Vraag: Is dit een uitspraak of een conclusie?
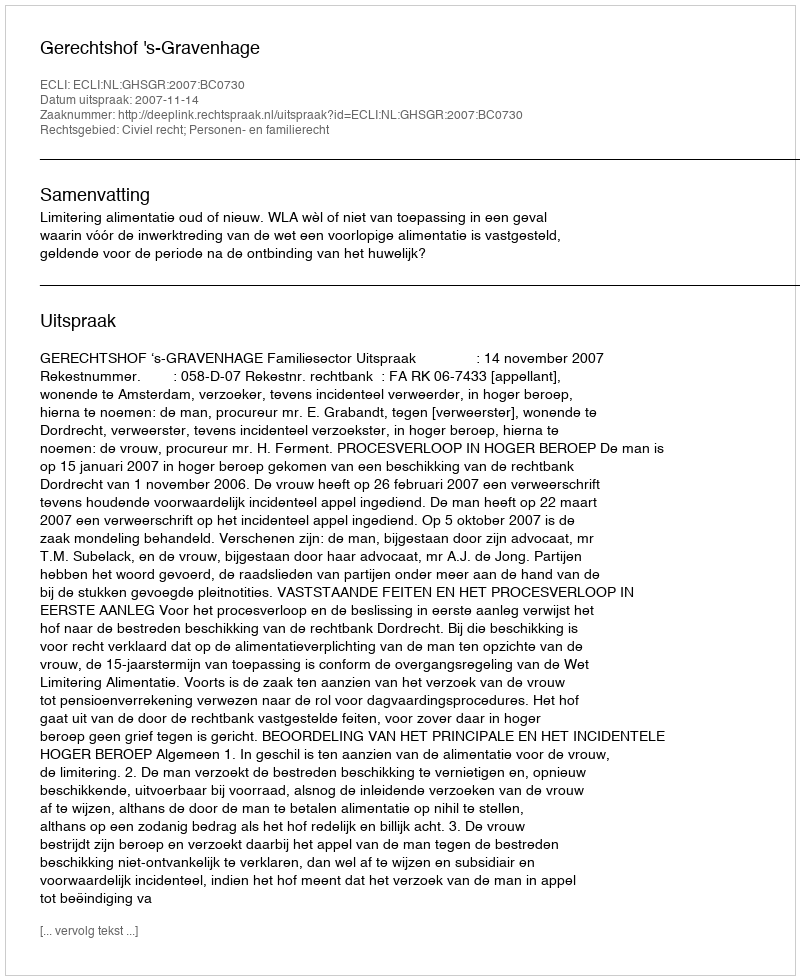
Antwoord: Uitspraak